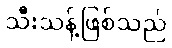
သီးသန့်ဖြစ်သည်